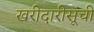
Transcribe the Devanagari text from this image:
खरीदारीसूची